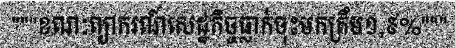
"""ខណៈព្យាករណ៍សេដ្ឋកិច្ចធ្លាក់ចុះមកត្រឹម១,៩%"""